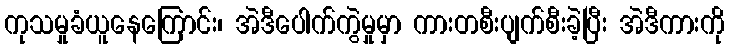
ကုသမှုခံယူနေကြောင်း၊ အဲဒီပေါက်ကွဲမှုမှာ ကားတစီးပျက်စီးခဲ့ပြီး အဲဒီကားကို